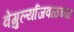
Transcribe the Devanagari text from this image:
वेंगुर्ल्याजवळच्या